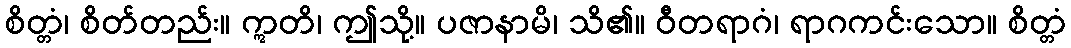
စိတ္တံ၊ စိတ်တည်း။ ဣတိ၊ ဤသို့။ ပဇာနာမိ၊ သိ၏။ ဝီတရာဂံ၊ ရာဂကင်းသော။ စိတ္တံ